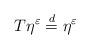
LaTeX: \begin{align*}T\eta^\varepsilon\buildrel{d}\over{=}\eta^\varepsilon\end{align*}